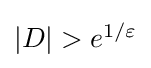
{\textstyle |D|>e^{1/\varepsilon }}